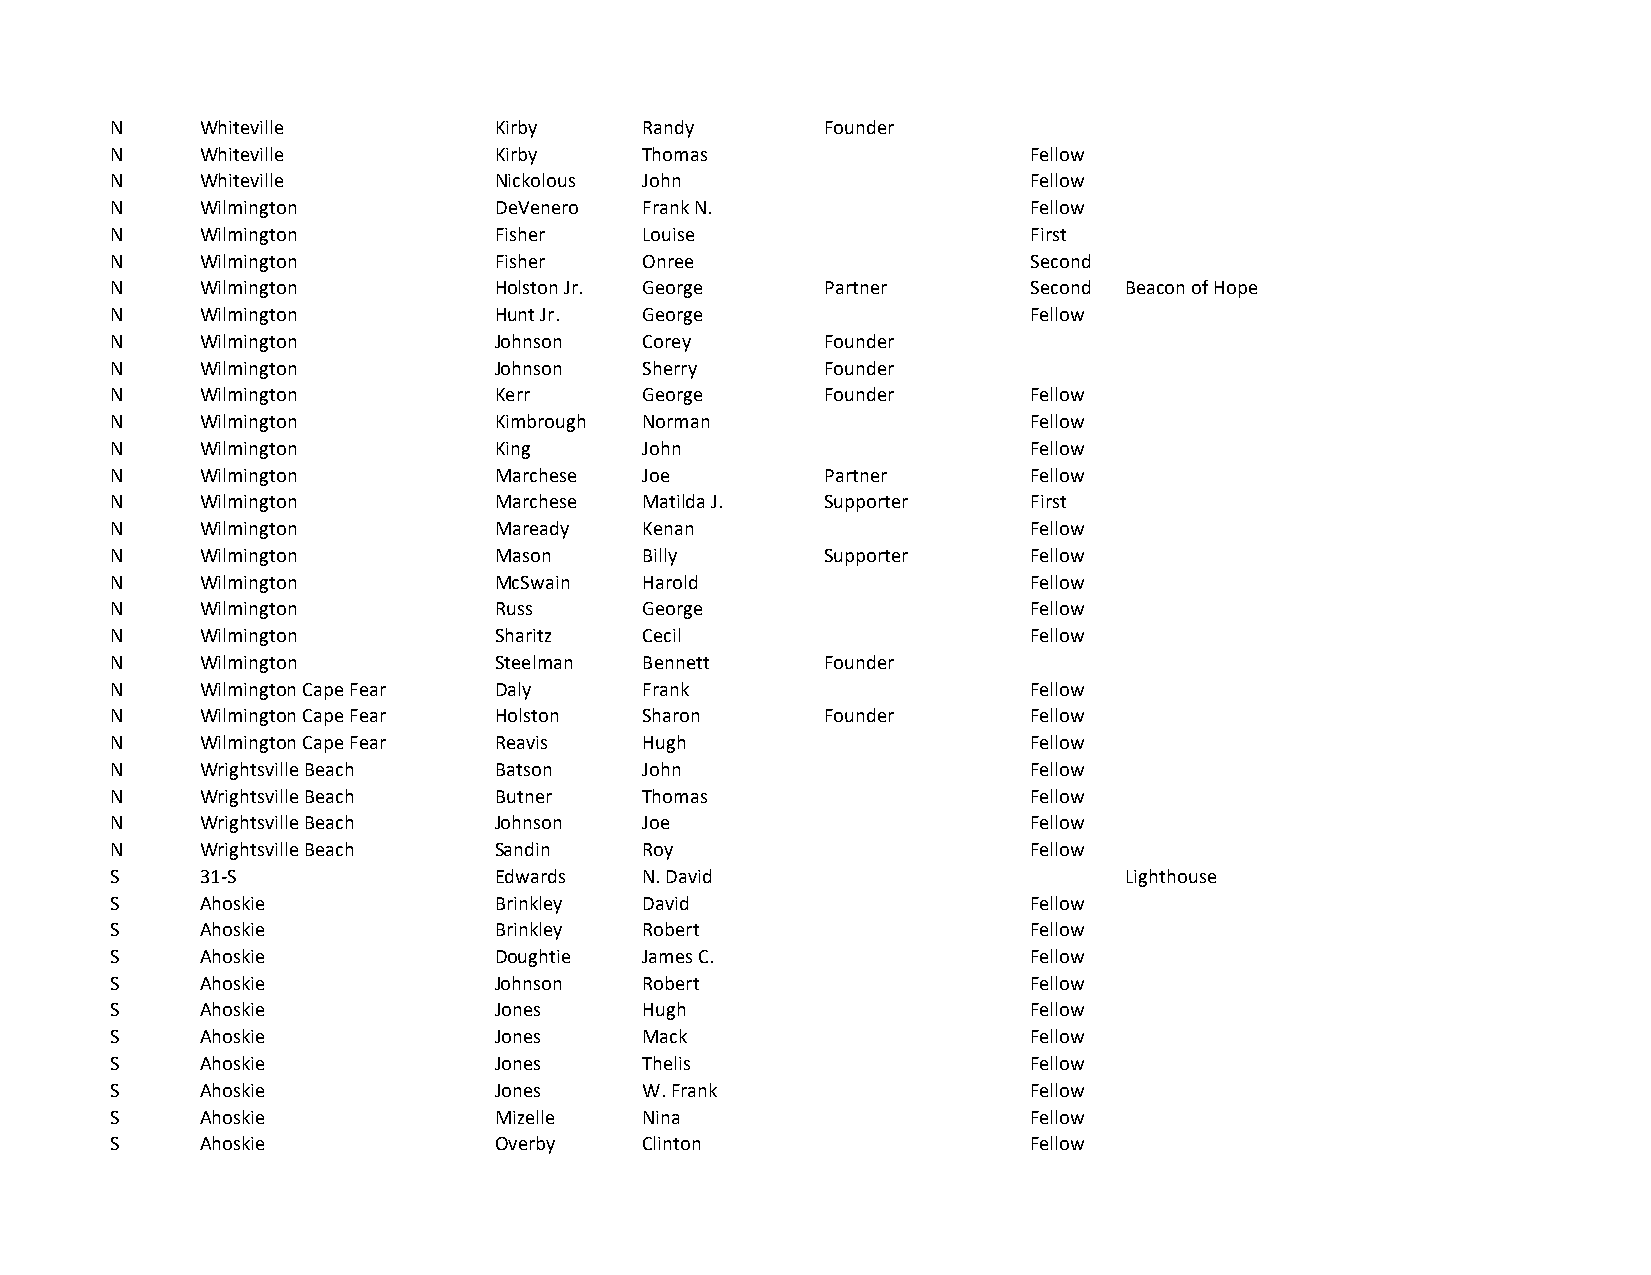
N     Whiteville          Kirby     Randy       Founder
 N     Whiteville          Kirby     Thomas                   Fellow
 N     Whiteville          Nickolous John                     Fellow
 N     Wilmington          DeVenero  Frank N.                 Fellow
 N     Wilmington          Fisher    Louise                   First
 N     Wilmington          Fisher    Onree                    Second
 N     Wilmington          Holston Jr. George    Partner      Second Beacon of Hope
 N     Wilmington          Hunt Jr.  George                   Fellow
 N     Wilmington          Johnson   Corey       Founder
 N     Wilmington          Johnson   Sherry      Founder
 N     Wilmington          Kerr      George      Founder      Fellow
 N     Wilmington          Kimbrough Norman                   Fellow
 N     Wilmington          King      John                     Fellow
 N     Wilmington          Marchese  Joe         Partner      Fellow
 N     Wilmington          Marchese  Matilda J.  Supporter    First
 N     Wilmington          Maready   Kenan                    Fellow
 N     Wilmington          Mason     Billy       Supporter    Fellow
 N     Wilmington          McSwain   Harold                   Fellow
 N     Wilmington          Russ      George                   Fellow
 N     Wilmington          Sharitz   Cecil                    Fellow
 N     Wilmington          Steelman  Bennett     Founder
 N     Wilmington Cape Fear Daly     Frank                    Fellow
 N     Wilmington Cape Fear Holston  Sharon      Founder      Fellow
 N     Wilmington Cape Fear Reavis   Hugh                     Fellow
 N     Wrightsville Beach  Batson    John                     Fellow
 N     Wrightsville Beach  Butner    Thomas                   Fellow
 N     Wrightsville Beach  Johnson   Joe                      Fellow
 N     Wrightsville Beach  Sandin    Roy                      Fellow
 S     31-S                Edwards   N. David                       Lighthouse
 S     Ahoskie             Brinkley  David                    Fellow
 S     Ahoskie             Brinkley  Robert                   Fellow
 S     Ahoskie             Doughtie  James C.                 Fellow
 S     Ahoskie             Johnson   Robert                   Fellow
 S     Ahoskie             Jones     Hugh                     Fellow
 S     Ahoskie             Jones     Mack                     Fellow
 S     Ahoskie             Jones     Thelis                   Fellow
 S     Ahoskie             Jones     W. Frank                 Fellow
 S     Ahoskie             Mizelle   Nina                     Fellow
 S     Ahoskie             Overby    Clinton                  Fellow